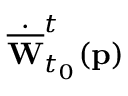
\dot { \overline { { \mathbf { W } } } } _ { t _ { 0 } } ^ { t } ( \mathbf { p } )